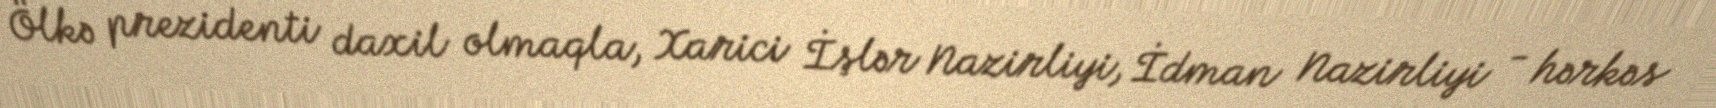
Ölkə prezidenti daxil olmaqla, Xarici İşlər Nazirliyi, İdman Nazirliyi - hərkəs